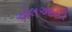
એલઆરટી